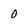
Character: 0